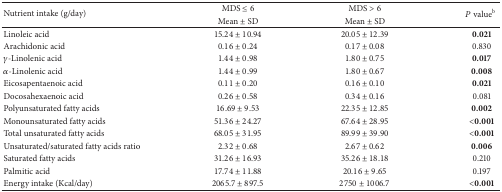
<table><thead><tr><td rowspan="2"><b>Nutrient intake (g/day)</b></td><td><b>MDS ≤ 6</b></td><td><b>MDS &gt; 6</b></td><td rowspan="2"><b><i>P</i> value<sup>b</sup></b></td></tr><tr><td><b>Mean ± SD </b></td><td><b>Mean ± SD </b></td></tr></thead><tbody><tr><td>Linoleic acid</td><td>15.24 ± 10.94</td><td>20.05 ± 12.39</td><td><b>0.021</b></td></tr><tr><td>Arachidonic acid </td><td>0.16 ± 0.24</td><td>0.17 ± 0.08</td><td>0.830</td></tr><tr><td><i>γ</i>-Linolenic acid </td><td>1.44 ± 0.98</td><td>1.80 ± 0.75</td><td><b>0.017</b></td></tr><tr><td><i>α</i>-Linolenic acid </td><td>1.44 ± 0.99</td><td>1.80 ± 0.67</td><td><b>0.008</b></td></tr><tr><td>Eicosapentaenoic acid </td><td>0.11 ± 0.20</td><td>0.16 ± 0.10</td><td><b>0.021</b></td></tr><tr><td>Docosahexaenoic acid </td><td>0.26 ± 0.58</td><td>0.34 ± 0.16</td><td>0.081</td></tr><tr><td>Polyunsaturated fatty acids </td><td>16.69 ± 9.53</td><td>22.35 ± 12.85</td><td><b>0.002</b></td></tr><tr><td>Monounsaturated fatty acids </td><td>51.36 ± 24.27</td><td>67.64 ± 28.95</td><td><b>&lt;0.001</b></td></tr><tr><td>Total unsaturated fatty acids</td><td>68.05 ± 31.95</td><td>89.99 ± 39.90</td><td><b>&lt;0.001</b></td></tr><tr><td>Unsaturated/saturated fatty acids ratio</td><td>2.32 ± 0.68</td><td>2.67 ± 0.62</td><td><b>0.006</b></td></tr><tr><td>Saturated fatty acids </td><td>31.26 ± 16.93</td><td>35.26 ± 18.18</td><td>0.210</td></tr><tr><td>Palmitic acid</td><td>17.74 ± 11.88</td><td>20.16 ± 9.65</td><td>0.197</td></tr><tr><td>Energy intake (Kcal/day)</td><td>2065.7 ± 897.5</td><td>2750 ± 1006.7</td><td><b>&lt;0.001</b></td></tr></tbody></table>